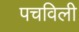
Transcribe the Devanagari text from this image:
पचविली